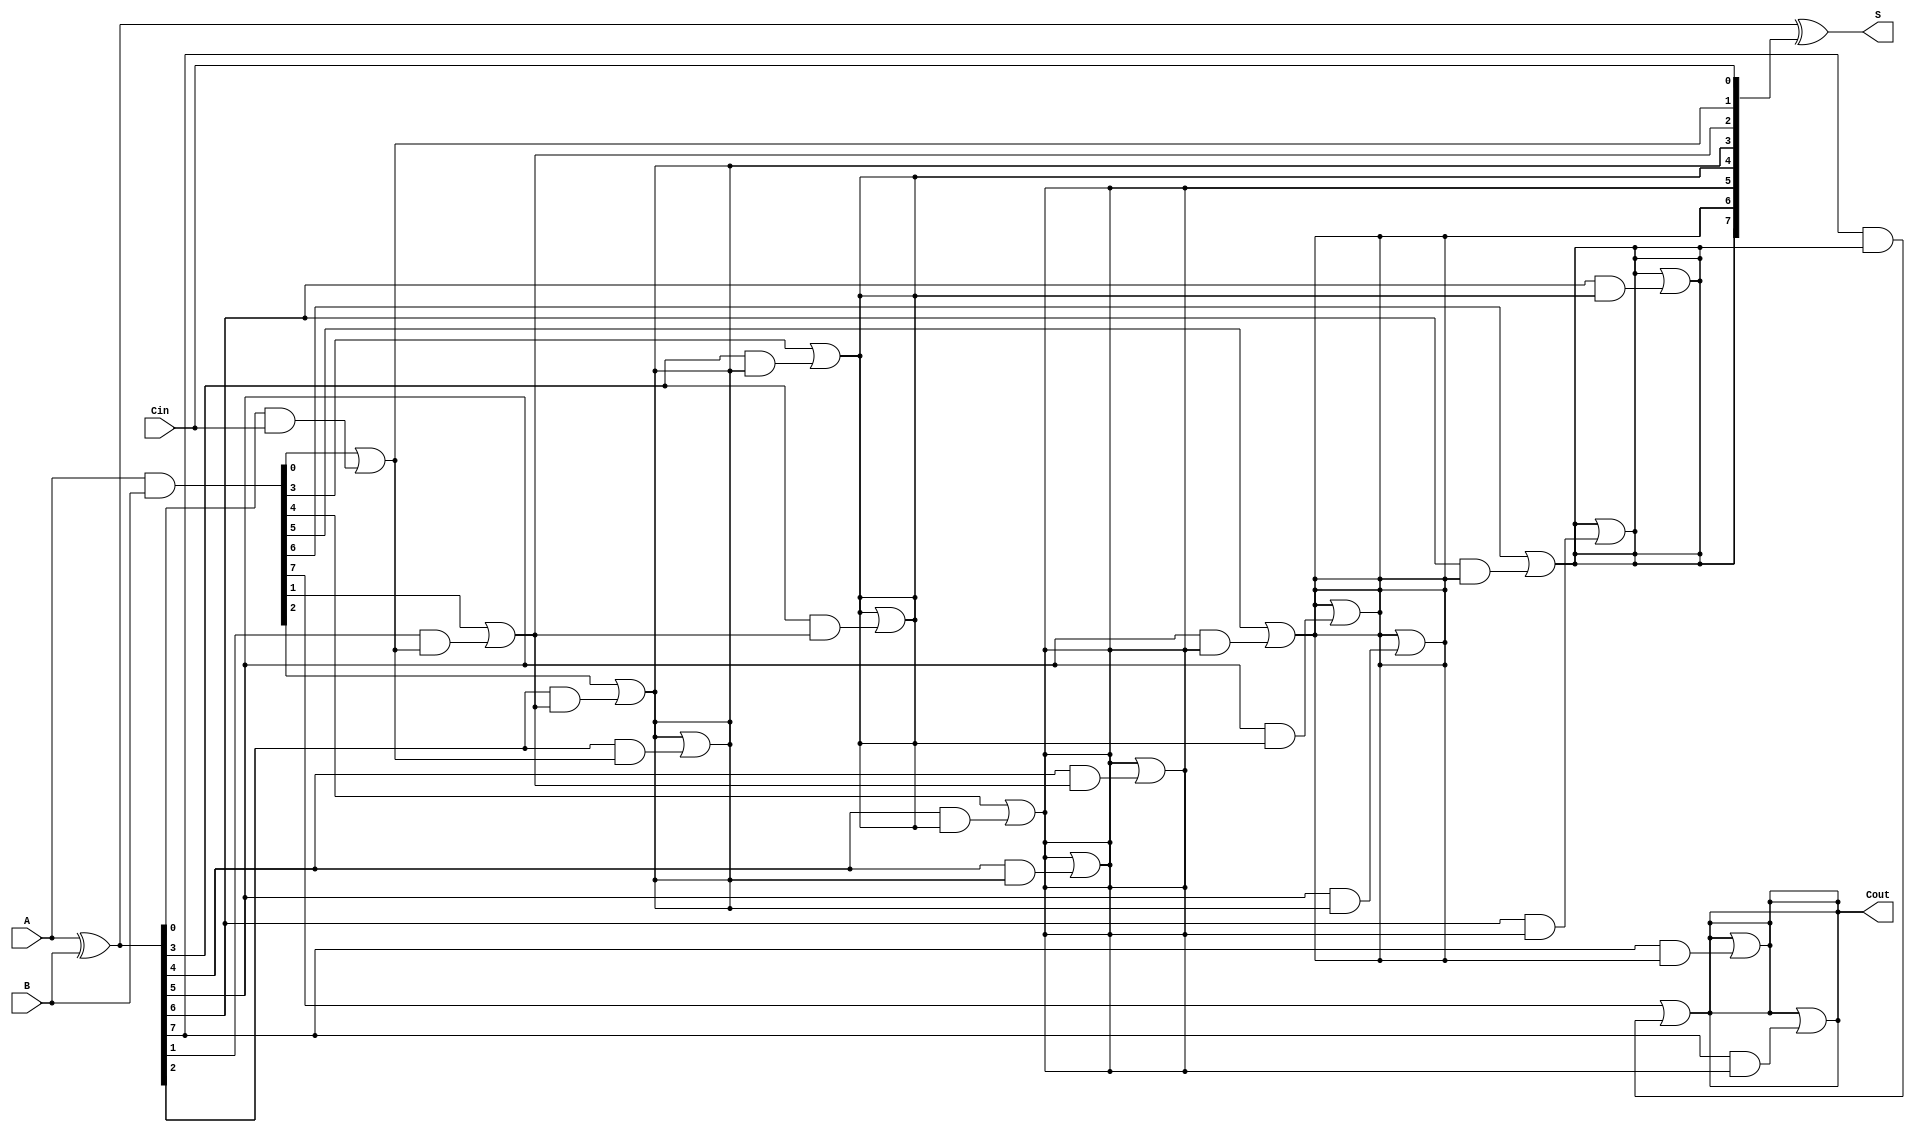
module KoggeStoneAdder #(
    parameter N = 8  // Width of the input binary numbers
)(
    input [N-1:0] A,   // First input
    input [N-1:0] B,   // Second input
    input Cin,         // Input carry
    output [N-1:0] S,  // Sum output
    output Cout        // Output carry
);

    // Generate and Propagate signals
    wire [N-1:0] G; // Generate
    wire [N-1:0] P; // Propagate
    wire [N:0] C;   // Carry bits

    // Compute Generate and Propagate signals
    assign G = A & B;
    assign P = A ^ B;

    // Stage 0: Initial carry
    assign C[0] = Cin;

    // Carry generation using Kogge-Stone logic
    genvar i, j, k;
    generate
        // Stage 1
        for (i = 0; i < N; i = i + 1) begin
            if (i == 0) begin
                assign C[i + 1] = G[i] | (P[i] & C[0]);
            end else begin
                assign C[i + 1] = G[i] | (P[i] & C[i]);
            end
        end

        // Additional stages
        for (k = 1; k < $clog2(N); k = k + 1) begin
            for (i = 0; i < N; i = i + 1) begin
                if (i >= (1 << k)) begin
                    assign C[i + 1] = C[i + 1] | (P[i] & C[i - (1 << (k - 1))]);
                end
            end
        end
    endgenerate

    // Sum calculation
    assign S = P ^ C[N-1:0];
    assign Cout = C[N];

endmodule